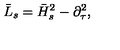
\bar { L } _ { s } = \bar { H } _ { s } ^ { 2 } - \partial _ { \tau } ^ { 2 } ,